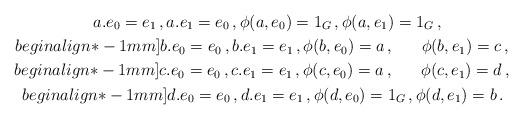
LaTeX: \begin{gather*}a . e_0 = e_1 \,,a . e_1 = e_0 \,, \phi(a, e_0) = 1_G \,, \phi(a, e_1) = 1_G \,,\! \\begin{align*}-1mm]b . e_0 = e_0 \,,b . e_1 = e_1 \,, \phi(b, e_0) = a \,, ~\quad\ \phi(b, e_1) = c \,,~ \\begin{align*}-1mm]c . e_0 = e_0 \,,c . e_1 = e_1 \,, \phi(c, e_0) = a \,, ~\quad\ \phi(c, e_1) = d \,,~ \\begin{align*}-1mm]d . e_0 = e_0 \,,d . e_1 = e_1 \,, \phi(d, e_0) = 1_G \,, \phi(d, e_1) = b \,.~ \end{gather*}